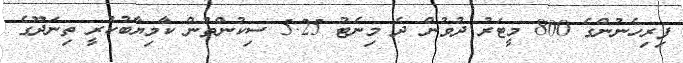
ފިރިހެނުންގެ 800 މީޓަރު ދުވުން ދެ މިނެޓު 5.25 ސިކުންތުން ކާމިޔާބުކުރީ ތިނަދޫގެ